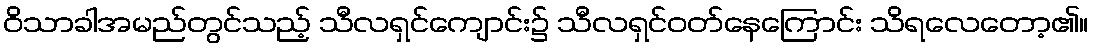
ဝိသာခါအမည်တွင်သည့် သီလရှင်ကျောင်း၌ သီလရှင်ဝတ်နေကြောင်း သိရလေတော့၏။